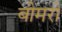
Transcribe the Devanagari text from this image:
बीमरो